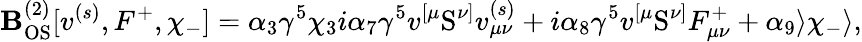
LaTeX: \mathbf{B}_{\mathrm{{OS}}}^{(2)}[v^{(s)},F^{+},\chi_{-}]=\alpha_{3}\gamma^{5}\chi_{3}i\alpha_{7}\gamma^{5}v^{[\mu}\mathrm{{S}}^{\nu]}v_{\mu\nu}^{(s)}+i\alpha_{8}\gamma^{5}v^{[\mu}\mathrm{{S}}^{\nu]}F_{\mu\nu}^{+}+\alpha_{9}\rangle\chi_{-}\rangle,